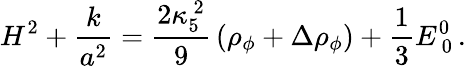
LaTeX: H^{2}+{\frac{k}{a^{2}}}={\frac{2\kappa_{5}^{~2}}{9}}\left(\rho_{\phi}+\Delta\rho_{\phi}\right)+{\frac{1}{3}}E_{~0}^{0}\, .